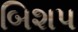
બિશપ